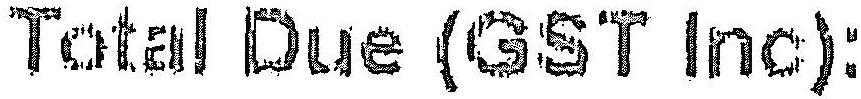
TOTAL DUE (GST INC):